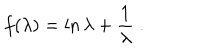
f ( \lambda ) = \ln \lambda + \frac 1 \lambda \; .